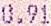
0.91